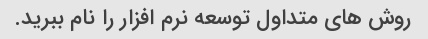
روش های متداول توسعه نرم افزار را نام ببرید.